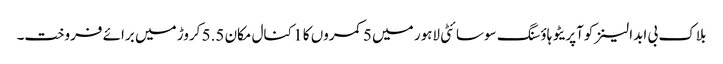
بلاک بی ابدالینزکوآپریٹو ہاؤسنگ سوسائٹی لاہور میں 5 کمروں کا 1 کنال مکان 5.5 کروڑ میں برائے فروخت۔